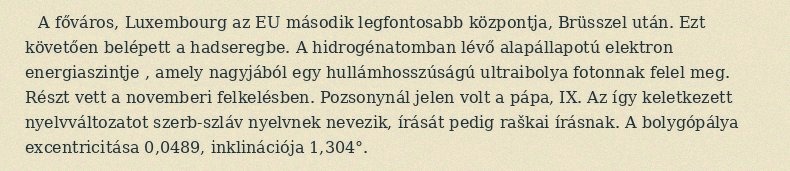
A főváros, Luxembourg az EU második legfontosabb központja, Brüsszel után. Ezt követően belépett a hadseregbe. A hidrogénatomban lévő alapállapotú elektron energiaszintje , amely nagyjából egy hullámhosszúságú ultraibolya fotonnak felel meg. Részt vett a novemberi felkelésben. Pozsonynál jelen volt a pápa, IX. Az így keletkezett nyelvváltozatot szerb-szláv nyelvnek nevezik, írását pedig raškai írásnak. A bolygópálya excentricitása 0,0489, inklinációja 1,304°.